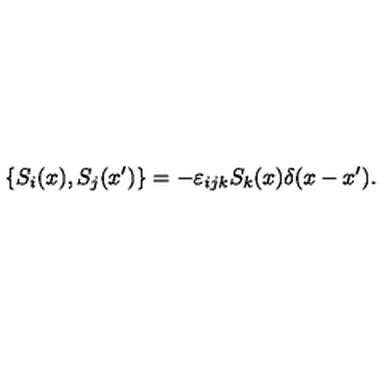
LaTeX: \{ S _ { i } ( x ) , S _ { j } ( x ^ { \prime } ) \} = - \varepsilon _ { i j k } S _ { k } ( x ) \delta ( x - x ^ { \prime } ) .